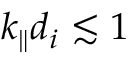
k _ { \parallel } d _ { i } \lesssim 1